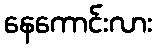
နေကောင်းလား